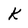
Character: k